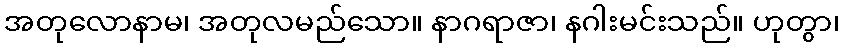
အတုလောနာမ၊ အတုလမည်သော။ နာဂရာဇာ၊ နဂါးမင်းသည်။ ဟုတွာ၊